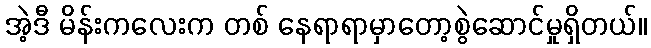
အဲ့ဒီ မိန်းကလေးက တစ် နေရာရာမှာတော့စွဲဆောင်မှုရှိတယ်။